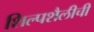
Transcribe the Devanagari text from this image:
शिल्पशैलीची